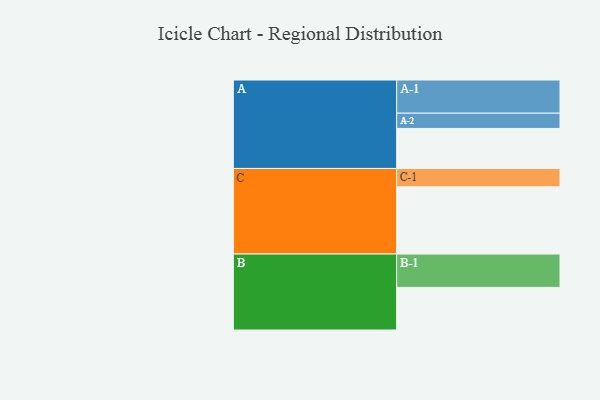
{"axis": {"x": "Segment", "y": "Value"}, "legend": ["", "A", "B", "C"], "data": [{"x": "A", "y": 304, "type": ""}, {"x": "B", "y": 324, "type": ""}, {"x": "C", "y": 511, "type": ""}, {"x": "A-1", "y": 252, "type": "A"}, {"x": "A-2", "y": 116, "type": "A"}, {"x": "B-1", "y": 253, "type": "B"}, {"x": "C-1", "y": 139, "type": "C"}]}